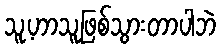
သူ့ဟာသူဖြစ်သွားတာပါဘဲ